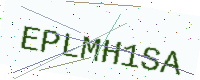
Text: EPLMH1SA